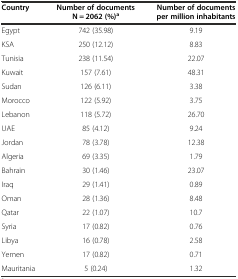
<table><thead><tr><td><b>Country</b></td><td><b>Number of documents N = 2062 (%)<sup>a</sup></b></td><td><b>Number of documents per million inhabitants</b></td></tr></thead><tbody><tr><td>Egypt</td><td>742 (35.98)</td><td>9.19</td></tr><tr><td>KSA</td><td>250 (12.12)</td><td>8.83</td></tr><tr><td>Tunisia</td><td>238 (11.54)</td><td>22.07</td></tr><tr><td>Kuwait</td><td>157 (7.61)</td><td>48.31</td></tr><tr><td>Sudan</td><td>126 (6.11)</td><td>3.38</td></tr><tr><td>Morocco</td><td>122 (5.92)</td><td>3.75</td></tr><tr><td>Lebanon</td><td>118 (5.72)</td><td>26.70</td></tr><tr><td>UAE</td><td>85 (4.12)</td><td>9.24</td></tr><tr><td>Jordan</td><td>78 (3.78)</td><td>12.38</td></tr><tr><td>Algeria</td><td>69 (3.35)</td><td>1.79</td></tr><tr><td>Bahrain</td><td>30 (1.46)</td><td>23.07</td></tr><tr><td>Iraq</td><td>29 (1.41)</td><td>0.89</td></tr><tr><td>Oman</td><td>28 (1.36)</td><td>8.48</td></tr><tr><td>Qatar</td><td>22 (1.07)</td><td>10.7</td></tr><tr><td>Syria</td><td>17 (0.82)</td><td>0.76</td></tr><tr><td>Libya</td><td>16 (0.78)</td><td>2.58</td></tr><tr><td>Yemen</td><td>17 (0.82)</td><td>0.71</td></tr><tr><td>Mauritania</td><td>5 (0.24)</td><td>1.32</td></tr></tbody></table>